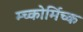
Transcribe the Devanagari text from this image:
म्च्कोर्मिच्क